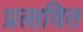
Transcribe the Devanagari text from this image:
प्रत्सवित